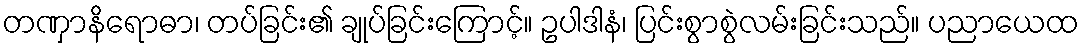
တဏှာနိရောဓာ၊ တပ်ခြင်း၏ ချုပ်ခြင်းကြောင့်။ ဥပါဒါနံ၊ ပြင်းစွာစွဲလမ်းခြင်းသည်။ ပညာယေထ